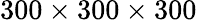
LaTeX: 300\times 300\times 300